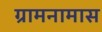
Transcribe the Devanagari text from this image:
ग्रामनामास